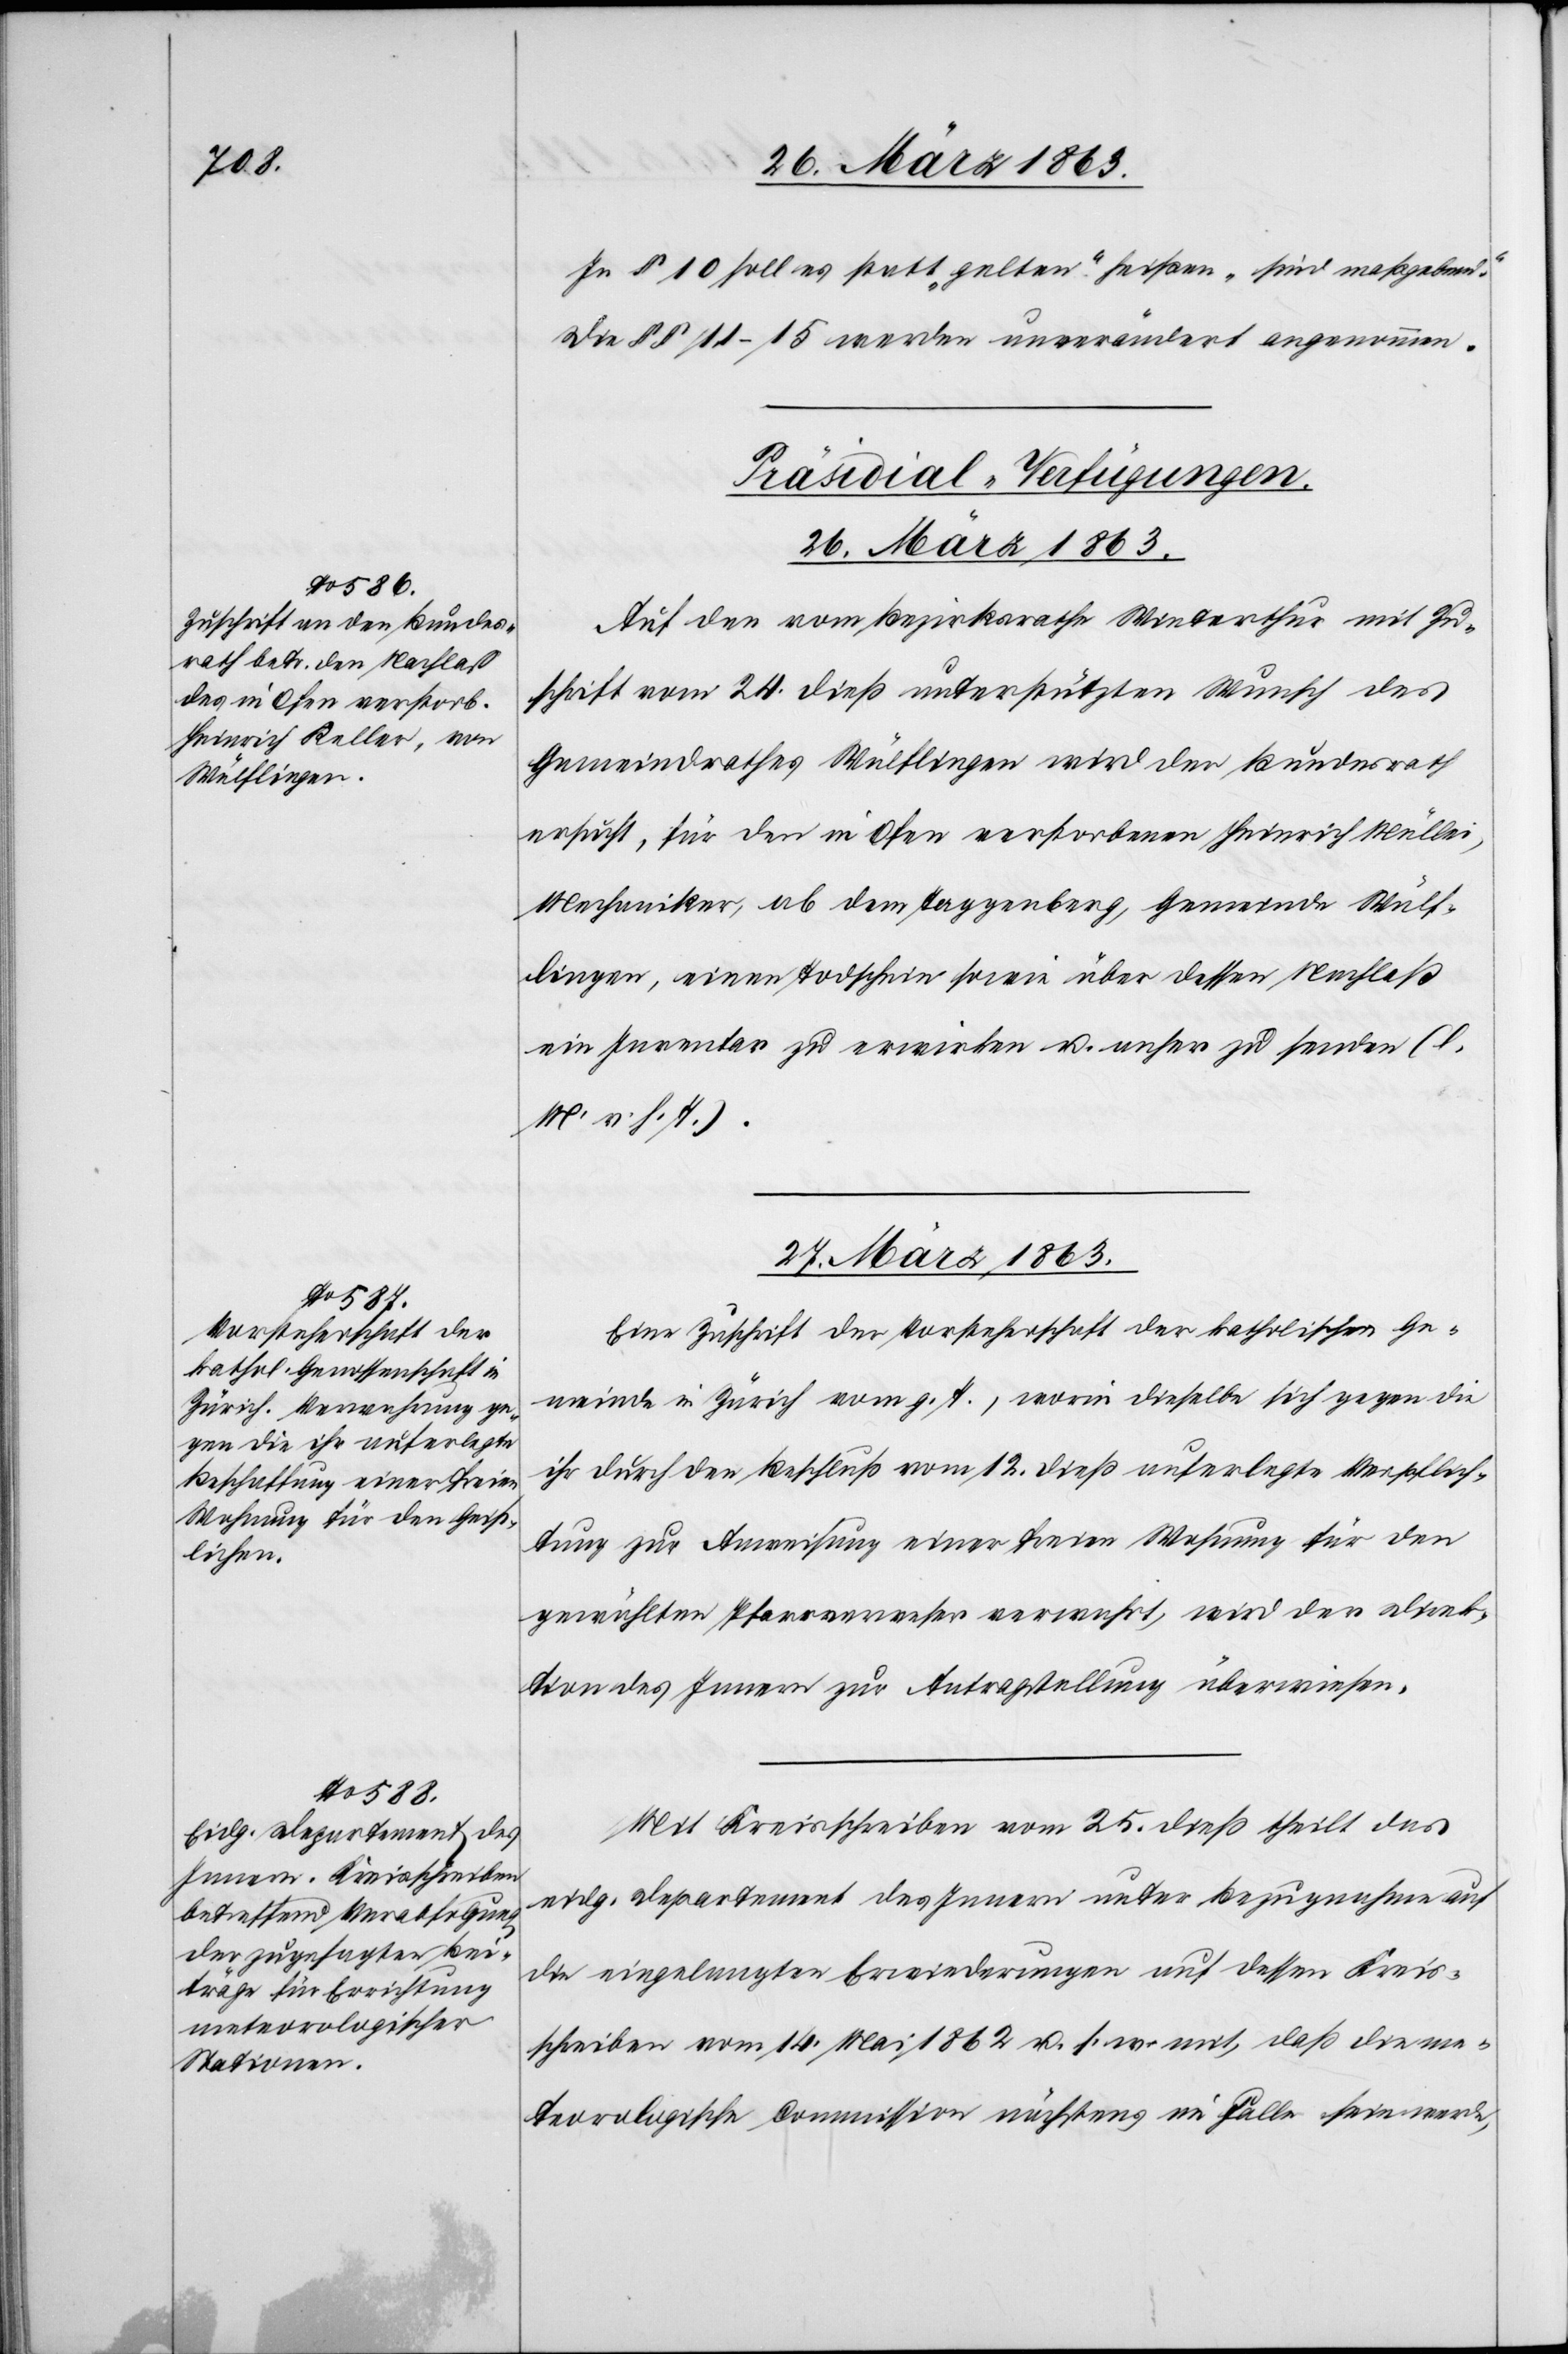
In § 10 soll es statt „gelten“ heißen „sind maßgebend“.
Die §§ 11–15 werden unverändert angenommen.
[Präsidial-Verfügungen.
26. März 1863.
Auf den vom Bezirksrathe Winterthur mit Zu¬
schrift vom 24. dieß unterstützten Wunsch des
Gemeindrathes Wülflingen wird der Bundesrath
ersucht, für den in Ofen verstorbenen Heinrich Müller,
Mechaniker, ab dem Taggenberg, Gemeinde Wülf¬
lingen, einen Todschein sowie über dessen Nachlaß
ein Inventar zu erwirken u. anher zu senden (l.
M. v. h. T.).
27. März 1863.]
Eine Zuschrift der Vorsteherschaft der katholischen Ge¬
meinde in Zürich vom g. T., worin dieselbe sich gegen die
ihr durch den Beschluß vom 12. dieß auferlegte Verpflich¬
tung zur Anweisung einer freien Wohnung für den
gewählten Pfarrverweser verwahrt, wird der Direk¬
tion des Innern zur Antragstellung überwiesen.
Mit Kreisschreiben vom 25. dieß theilt das
eidg. Departement des Innern unter Bezugnahme auf
die eingelangten Erwiederungen auf dessen Kreis¬
schreiben vom 14. Mai 1862 u. s. w. mit, daß die me¬
teorologische Commission nächstens im Falle sein werde,